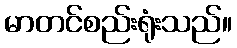
မာတင်စည်းရုံးသည်။